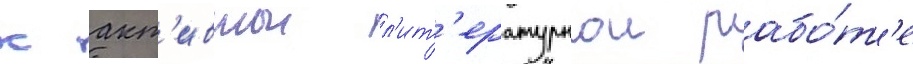
к акт'ивнои л'ит'ературнои рабо́т'е